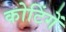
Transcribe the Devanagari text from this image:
कोटिंगें